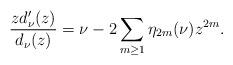
LaTeX: \begin{align*}\frac{zd_{\nu}'(z)}{d_{\nu}(z)}=\nu-2\sum_{m\geq 1}\eta_{2m}(\nu)z^{2m}.\end{align*}